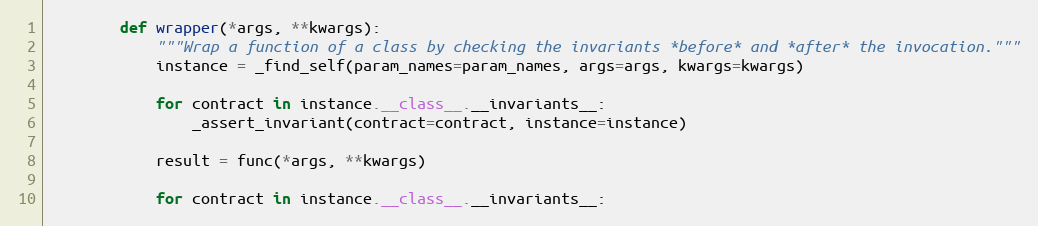
Language: Python
        def wrapper(*args, **kwargs):
            """Wrap a function of a class by checking the invariants *before* and *after* the invocation."""
            instance = _find_self(param_names=param_names, args=args, kwargs=kwargs)

            for contract in instance.__class__.__invariants__:
                _assert_invariant(contract=contract, instance=instance)

            result = func(*args, **kwargs)

            for contract in instance.__class__.__invariants__: